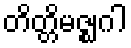
တိတ္တိမဇ္ဈဂါ